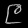
Digit: ၉